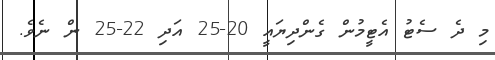
މި ދެ ސެޓު އެޓީމުން ގެންދިޔައީ 20-25 އަދި 22-25 ން ނެވެ.